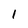
Character: 1